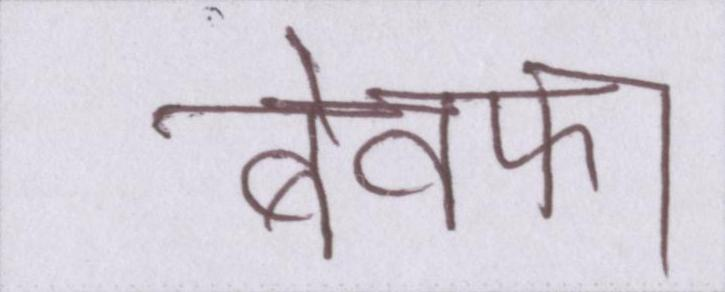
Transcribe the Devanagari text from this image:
बेवफा